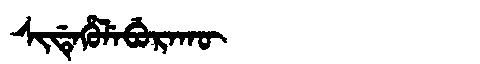
Manchu: ᠰᡳᡩᡝᡥᡠᠯᡝᠪᡠᡵᠠᡴᡡ
Romanization: SIDEHULEBURAKŪ